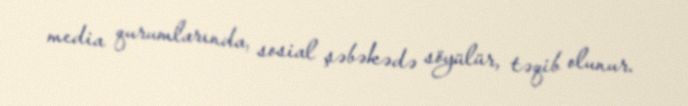
media qurumlarında, sosial şəbəkədə söyülür, təqib olunur.